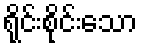
ရိုင်းစိုင်းသော